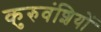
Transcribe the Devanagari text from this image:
कुरुवंशियों